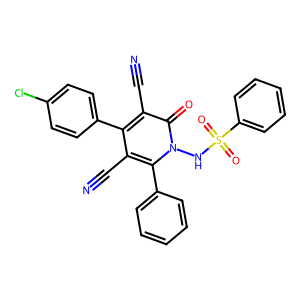
SMILES: N#Cc1c(-c2ccc(Cl)cc2)c(C#N)c(=O)n(NS(=O)(=O)c2ccccc2)c1-c1ccccc1
Inhibits HIV replication: No